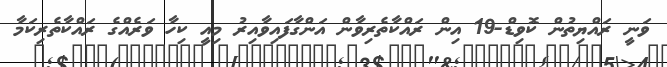
ވަނީ ރައްޔިތުން ކޮވިޑް-19 އިން ރައްކާތެރިވާން އަންގާފައިވާއިރު މިއީ ކިހާ ވަރެއްގެ ރައްކާތެރިކަމާ